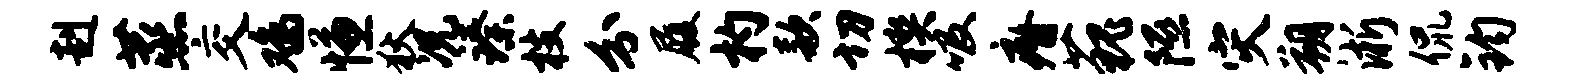
赳蒸交鸡慊狄况臻枝分履杓款切楔吸瘠藐隰灾朔淅侃钧